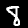
Digit: 8